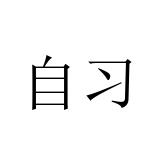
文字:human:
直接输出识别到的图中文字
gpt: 自习